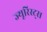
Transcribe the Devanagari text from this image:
ज्यूरिस्ट्स